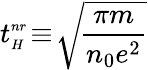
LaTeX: t_{{\scriptscriptstyle H}}^{{\scriptscriptstyle nr}}\! \equiv\! \sqrt{\! \frac{\pi m}{n_{0}e^{2}}}